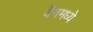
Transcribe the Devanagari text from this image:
बॅगमध्ये